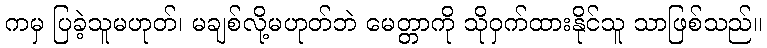
ကမှ ပြခဲ့သူမဟုတ်၊ မချစ်လို့မဟုတ်ဘဲ မေတ္တာကို သိုဝှက်ထားနိုင်သူ သာဖြစ်သည်။